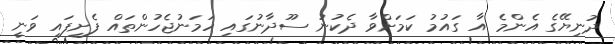
ދުނިޔޭގެ އެންމެ އާ ގައުމު ކަމަށްވާ ދެކުނު ސޫދާނުގައި ހަމަނުޖެހުންތައް ފެށިފައި ވަނީ